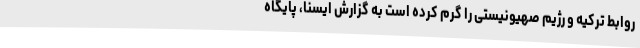
روابط ترکیه و رژیم صهیونیستی را گرم کرده است به گزارش ایسنا، پایگاه